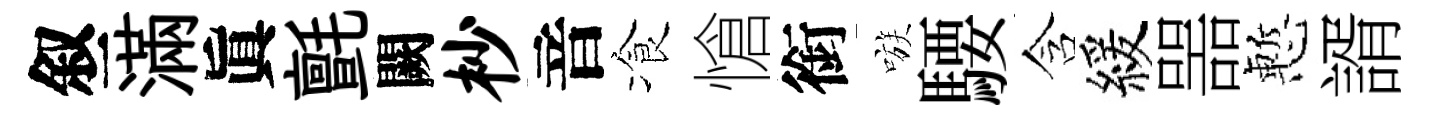
叙滿眞氈闕杪音飡愴銜嗾騕含緩噐慙諝